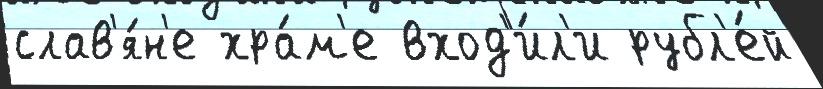
слав'я́н'е хра́м'е вход'и́л'и рубл'е́й